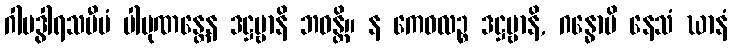
ဂါမဒွါရသမီပံ ပါပုဏန္တေန ဒဋ္ဌဗ္ဗာနိ ဘဝန္တိ။ န ကေဝလဉ္စ ဒဋ္ဌဗ္ဗာနိ, ဂန္ဓောပိ နေသံ ဃာနံ